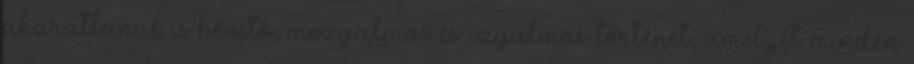
akaratlanul is bővítő, mozgalmas és izgalmas történet, amelyet minden